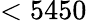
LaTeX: <5450